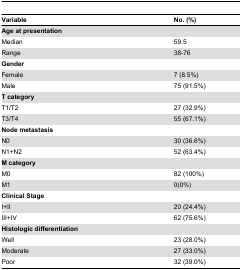
<table><thead><tr><td><b>Variable</b></td><td><b>No. (%)</b></td></tr></thead><tbody><tr><td><b>Age at presentation</b></td><td></td></tr><tr><td>Median</td><td>59.5</td></tr><tr><td>Range</td><td>38-76</td></tr><tr><td><b>Gender</b></td><td></td></tr><tr><td>Female</td><td>7 (8.5%)</td></tr><tr><td>Male</td><td>75 (91.5%)</td></tr><tr><td><b>T category</b></td><td></td></tr><tr><td>T1/T2</td><td>27 (32.9%)</td></tr><tr><td>T3/T4</td><td>55 (67.1%)</td></tr><tr><td><b>Node metastasis</b></td><td></td></tr><tr><td>N0</td><td>30 (36.6%)</td></tr><tr><td>N1+N2</td><td>52 (63.4%)</td></tr><tr><td><b>M category</b></td><td></td></tr><tr><td>M0</td><td>82 (100%)</td></tr><tr><td>M1</td><td>0(0%)</td></tr><tr><td><b>Clinical Stage</b></td><td></td></tr><tr><td>I+II</td><td>20 (24.4%)</td></tr><tr><td>III+IV</td><td>62 (75.6%)</td></tr><tr><td><b>Histologic differentiation</b></td><td></td></tr><tr><td>Well</td><td>23 (28.0%)</td></tr><tr><td>Moderate</td><td>27 (33.0%)</td></tr><tr><td>Poor</td><td>32 (39.0%)</td></tr></tbody></table>